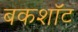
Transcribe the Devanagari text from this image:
बकशॉट